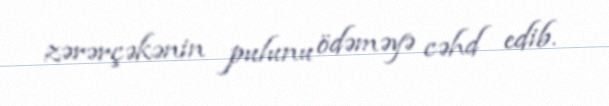
zərərçəkənin pulunu ödəməyə cəhd edib.